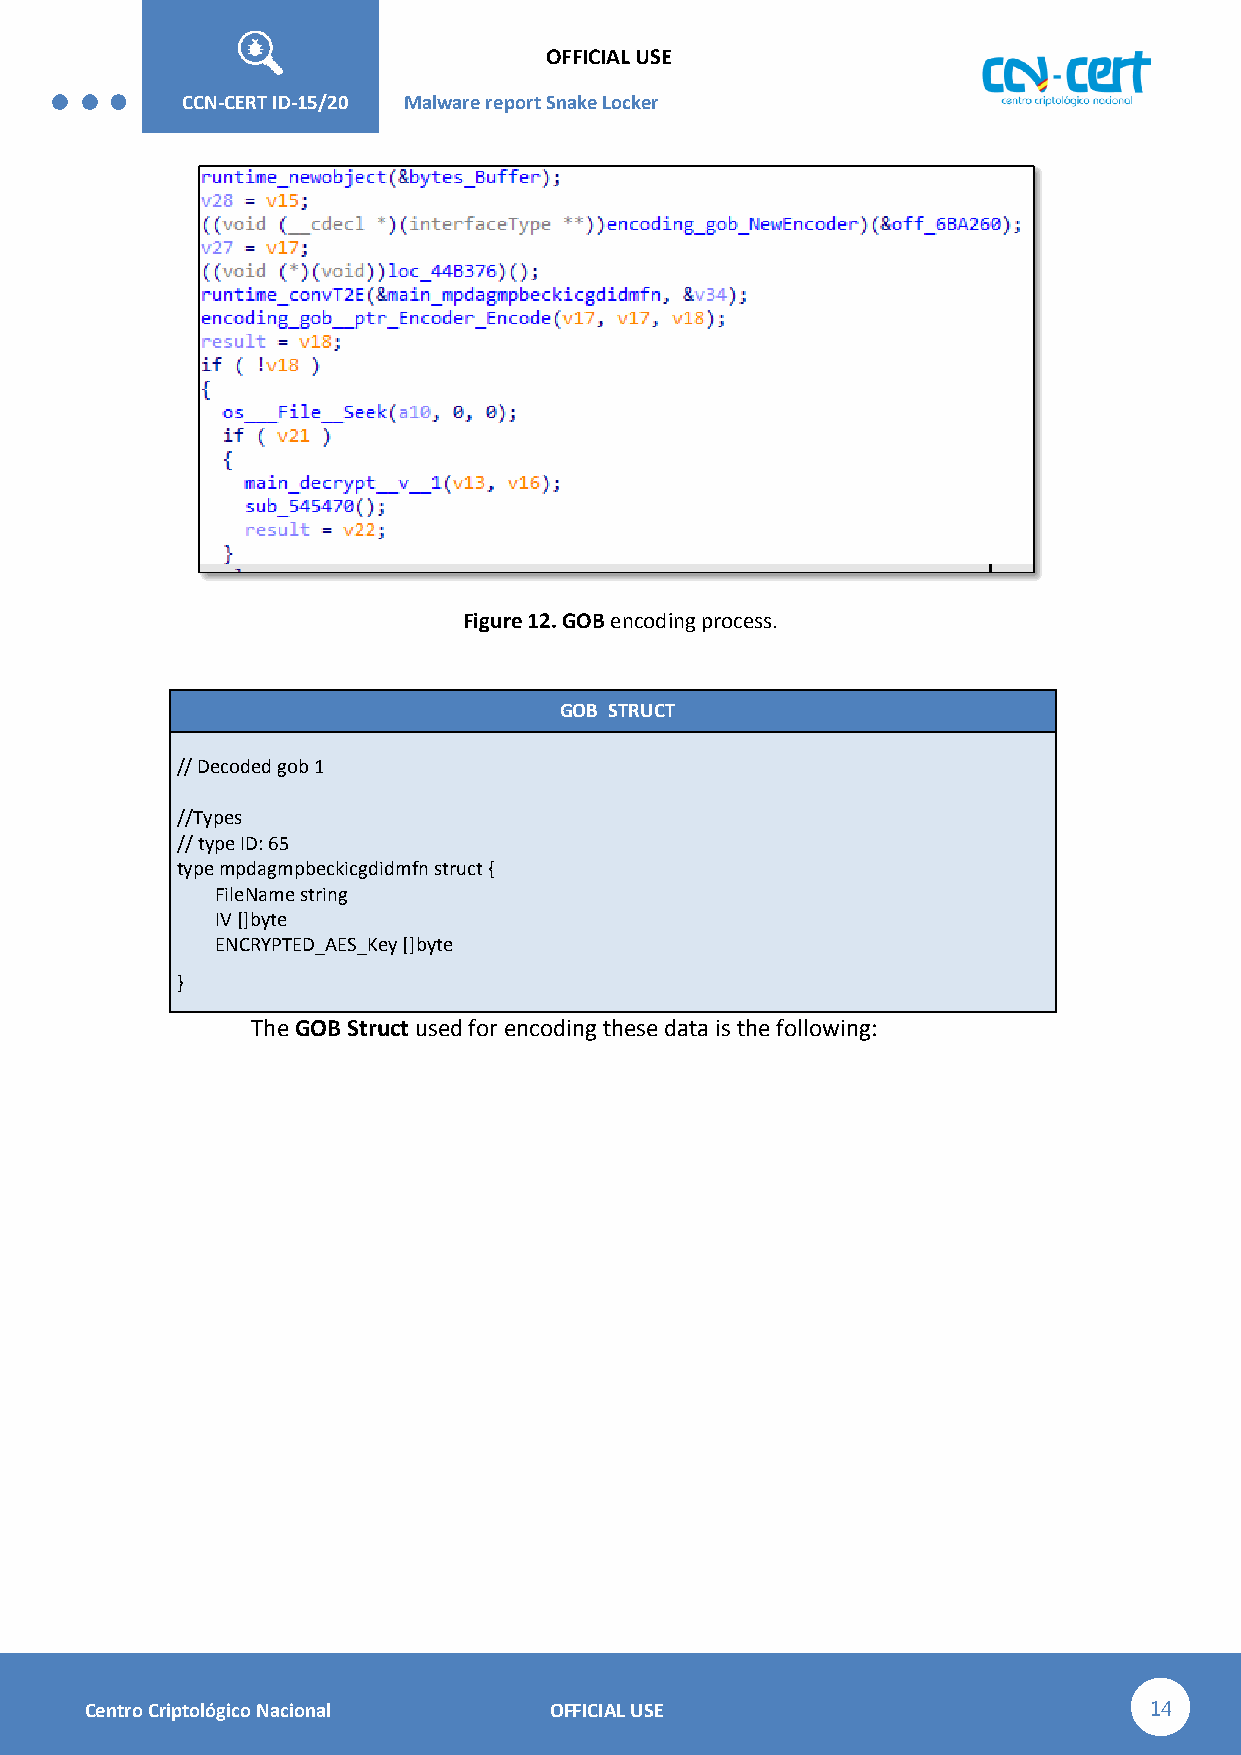
OFFICIAL USE
 CCN-STIC-
 426        CCN-CERT ID-15/20 Malware report Snake Lo cker
 Figure 12. GOB encoding process.
 GOB STRUCT
 // Decoded gob 1
 //Types
 // type ID: 65
 type mpdagmpbeckicgdidmfn struct {
 FileName string
 IV []byte
 ENCRYPTED_AES_Key []byte
 }
 The GOB Struct used for encoding these data is the following:
 Centro Criptológico Nacional  OFFICIAL USE                            14